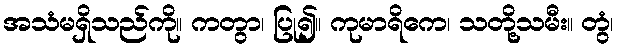
အသံမရှိသည်ကို။ ကတွာ၊ ပြု၍။ ကုမာရိကေ၊ သတို့သမီး။ တွံ၊